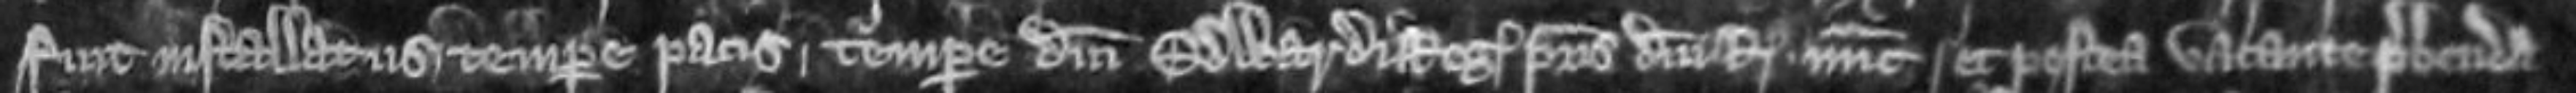
fuit installatus tempore pacis tempore domini Edwardi regis patris domini regis nunc et postea vacante prebenda